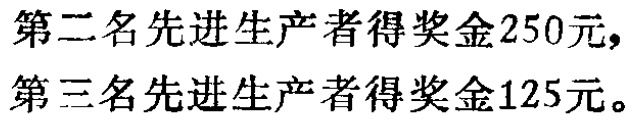
第二名先进生产者得奖金250元，第三名先进生产者得奖金125元。